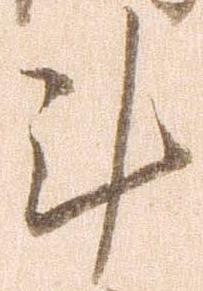
計